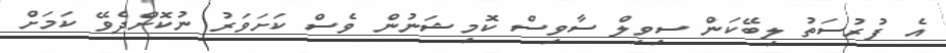
އެ ފުރުސަތު ލިބޭކަން ސިވިލް ސާވިސް ކޮމިޝަނުން ވެސް ކަށަވަރު ނުކޮށްދެވޭ ކަމަށް